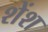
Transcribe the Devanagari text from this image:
शेंश